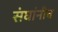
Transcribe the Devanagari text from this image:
संघांनीच